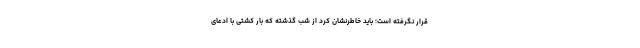
قرار نگرفته است؛ باید خاطرنشان کرد از شب گذشته که بار کشتی با ادعای